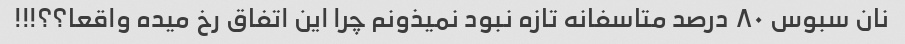
نان سبوس ٨٠ درصد متاسفانه تازه نبود نمیذونم چرا این اتفاق رخ میده واقعا؟؟!!!